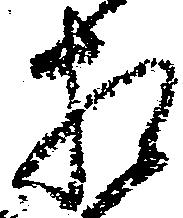
相